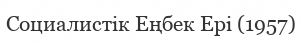
Cоциалистік Еңбек Ері (1957)